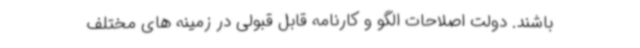
باشند. دولت اصلاحات الگو و کارنامه قابل قبولی در زمینه های مختلف